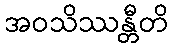
အဝသိဿန္တီတိ